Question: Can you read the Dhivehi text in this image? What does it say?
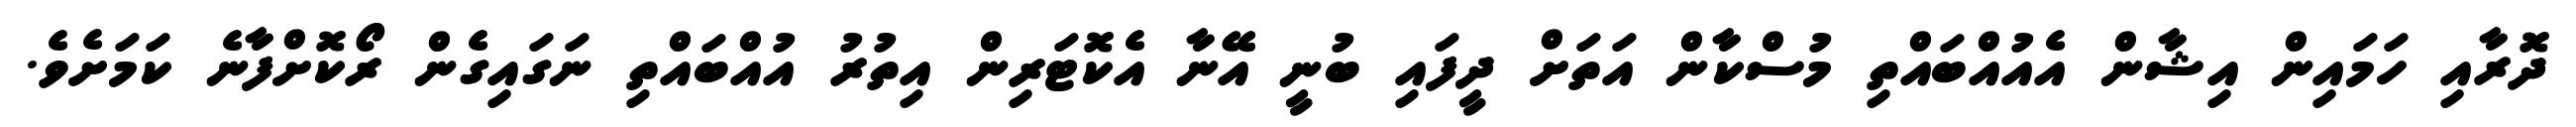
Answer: ދޮރާއި ހަމައިން އިޝާން އެއުއްބައްތި މުސްކާން އަތަށް ދީފައި ބުނީ އޭނާ އެކޮޓަރިން އިތުރު އުއްބައްތި ނަގައިގެން ރޯކޮށްފާނެ ކަމަށެވެ.